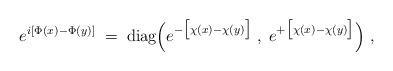
LaTeX: \begin{align*}e^{i[\Phi(x) - \Phi(y) ]} \; = \; \mbox{diag} \Big(e^{ - \big[ \chi(x) - \chi(y) \big]} \; , \;e^{ + \big[ \chi(x) - \chi(y) \big]}\Big) \; ,\end{align*}